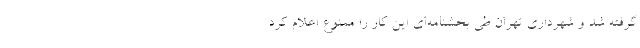
گرفته شد و شهرداری تهران طی بخشنامه‌ای این کار را ممنوع اعلام کرد